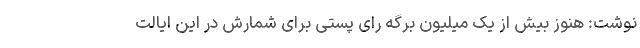
نوشت: هنوز بیش از یک میلیون برگه رای پستی برای شمارش در این ایالت